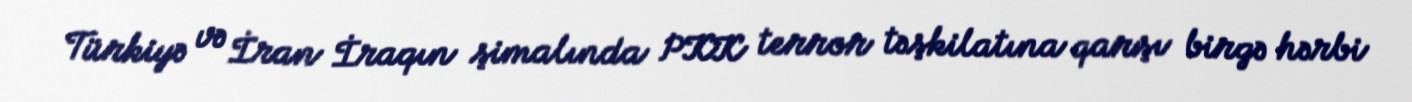
Türkiyə və İran İraqın şimalında PKK terror təşkilatına qarşı birgə hərbi